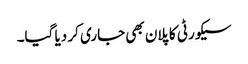
سیکورٹی کا پلان بھی جاری کر دیا گیا۔